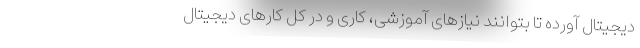
دیجیتال آورده تا بتوانند نیازهای آموزشی، کاری و در کل کارهای دیجیتال